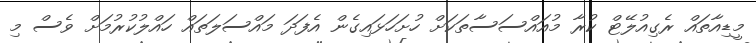
މީޑިއާތައް ރެގިއުލޭޓް ކުރާ މުއައްސަސާތަކަށް ހުށަހަޅައިގެން އެފަދަ މައްސަލަތައް ހައްލުކުރުމަށް ވެސް މި